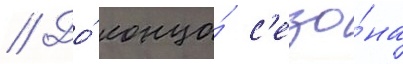
// До́ конца́ с'езо́на